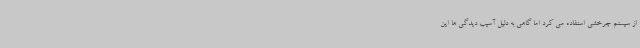
از سیستم چرخشی استفاده می کرد اما گاهی به دلیل آسیب دیدگی ها این